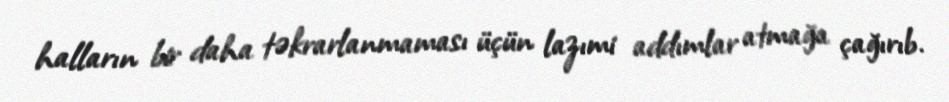
halların bir daha təkrarlanmaması üçün lazımi addımlar atmağa çağırıb.